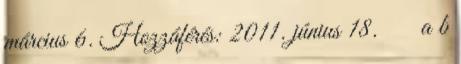
március 6. Hozzáférés: 2011. június 18. ↑ a b